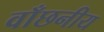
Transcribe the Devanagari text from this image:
वाँछनीय